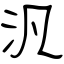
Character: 汎